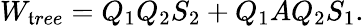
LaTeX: W_{\mathfrak{t}ree}=Q_{1}Q_{2}S_{2}+Q_{1}AQ_{2}S_{1}.